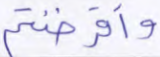
وأقرضتم